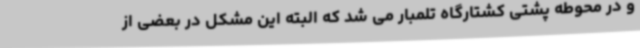
و در محوطه پشتی کشتارگاه تلمبار می شد که البته این مشکل در بعضی از